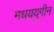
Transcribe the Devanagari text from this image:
मधययुगीन